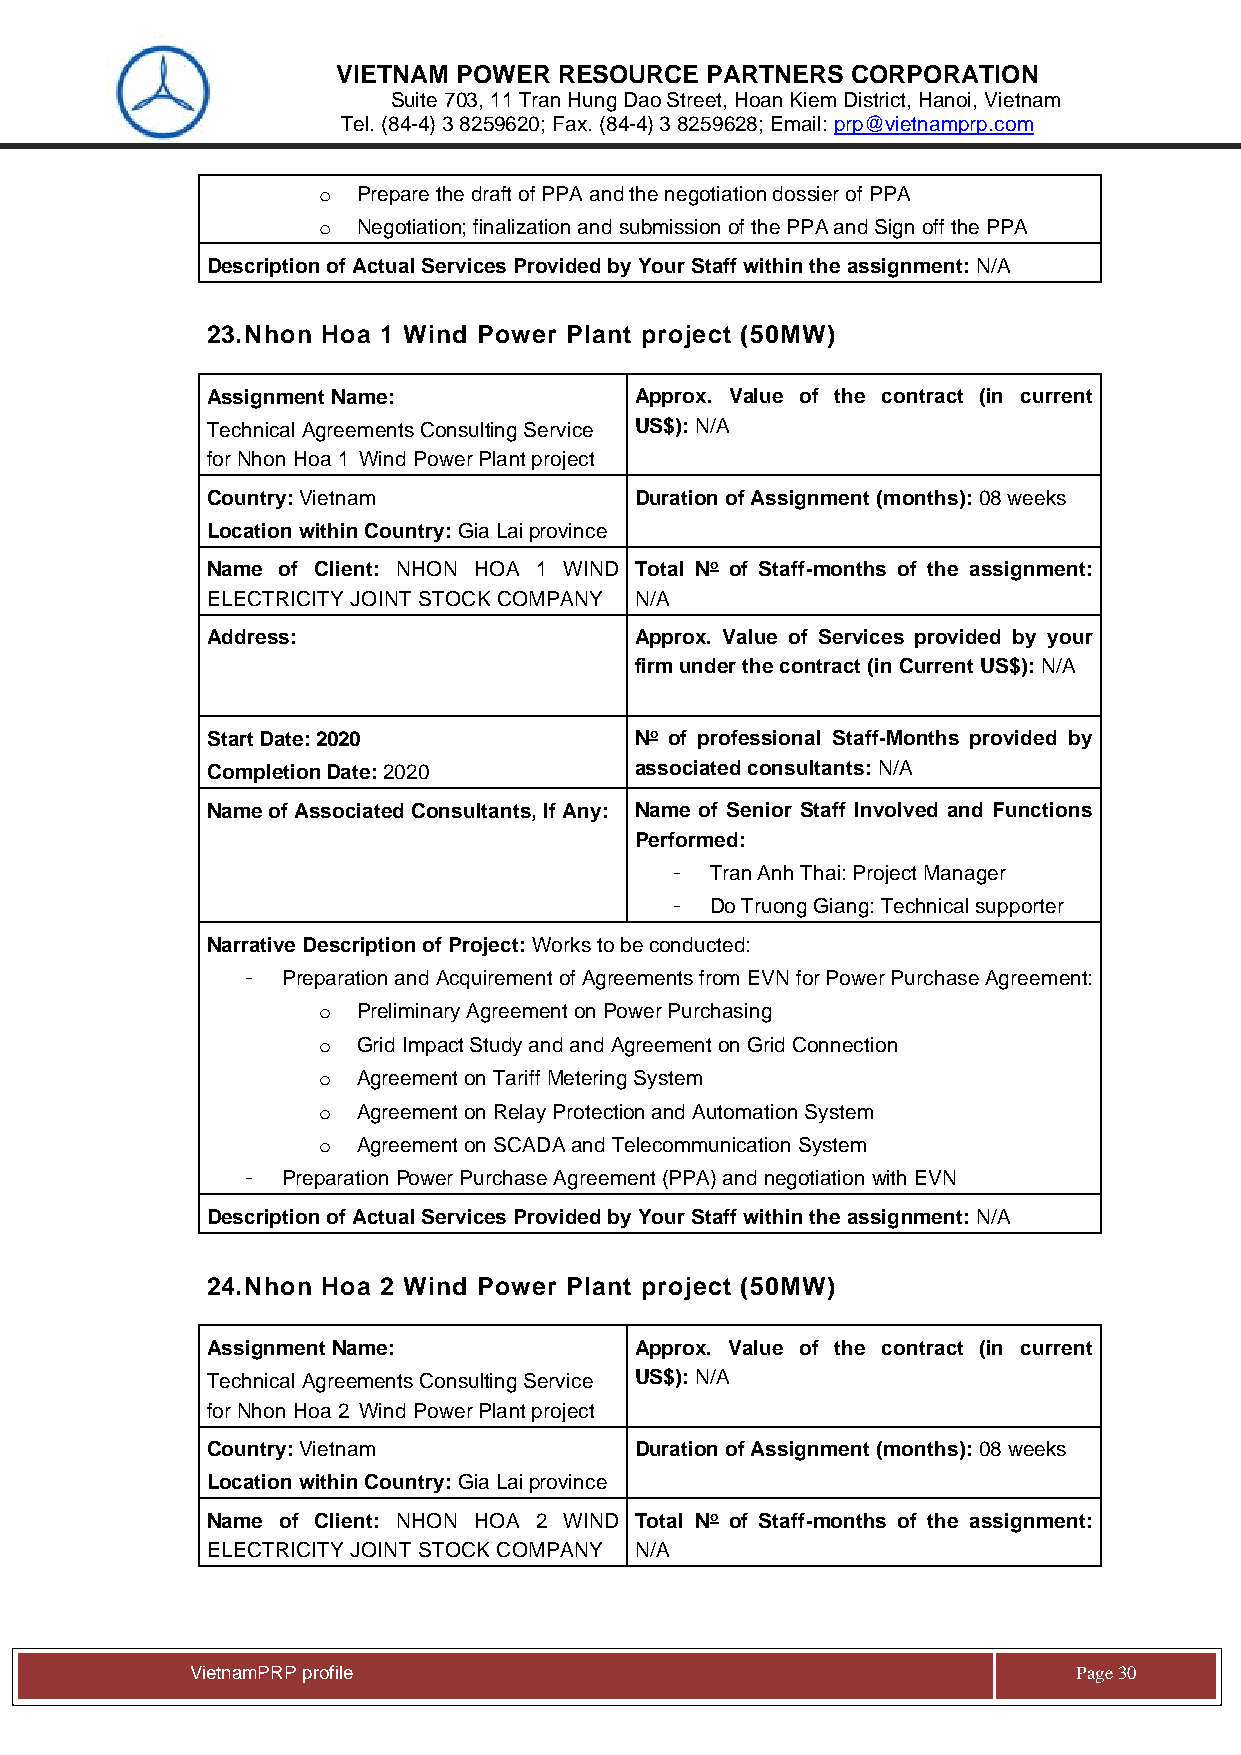
VIETNAM POWER  RESOURCE  PARTNERS CORPORATION
 Suite 703, 11 Tran Hung Dao Street, Hoan Kiem District, Hanoi, Vietnam
 Tel. (84-4) 3 8259620; Fax. (84-4) 3 8259628; Email: prp@vietnamprp.com
 o  Prepare the draft of PPA and the negotiation dossier of PPA
 o  Negotiation; finalization and submission of the PPA and Sign off the PPA
 Description of Actual Services Provided by Your Staff within the assignment: N/A
 23. Nhon Hoa 1 Wind Power Plant project (50MW)
 Assignment Name:            Approx. Value of the contract (in current
 Technical Agreements Consulting Service US$): N/A
 for Nhon Hoa 1 Wind Power Plant project
 Country: Vietnam            Duration of Assignment (months): 08 weeks
 Location within Country: Gia Lai province
 Name of Client: NHON HOA 1 WIND Total No of Staff-months of the assignment:
 ELECTRICITY JOINT STOCK COMPANY N/A
 Address:                    Approx. Value of Services provided by your
 firm under the contract (in Current US$): N/A
 Start Date: 2020            No of professional Staff-Months provided by
 Completion Date: 2020       associated consultants: N/A
 Name of Associated Consultants, If Any: Name of Senior Staff Involved and Functions
 Performed:
 -  Tran Anh Thai: Project Manager
 -  Do Truong Giang: Technical supporter
 Narrative Description of Project: Works to be conducted:
 -  Preparation and Acquirement of Agreements from EVN for Power Purchase Agreement:
 o  Preliminary Agreement on Power Purchasing
 o  Grid Impact Study and and Agreement on Grid Connection
 o  Agreement on Tariff Metering System
 o  Agreement on Relay Protection and Automation System
 o  Agreement on SCADA and Telecommunication System
 -  Preparation Power Purchase Agreement (PPA) and negotiation with EVN
 Description of Actual Services Provided by Your Staff within the assignment: N/A
 24. Nhon Hoa 2 Wind Power Plant project (50MW)
 Assignment Name:            Approx. Value of the contract (in current
 Technical Agreements Consulting Service US$): N/A
 for Nhon Hoa 2 Wind Power Plant project
 Country: Vietnam            Duration of Assignment (months): 08 weeks
 Location within Country: Gia Lai province
 Name of Client: NHON HOA 2 WIND Total No of Staff-months of the assignment:
 ELECTRICITY JOINT STOCK COMPANY N/A
 Vie tnamPRP profile                                       Page 30